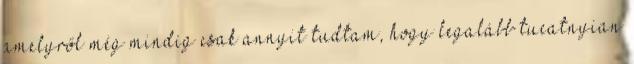
amelyről még mindig csak annyit tudtam, hogy legalább tucatnyian